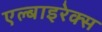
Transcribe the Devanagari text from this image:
एल्बाइरेक्स